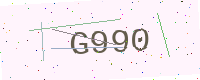
Text: G990